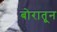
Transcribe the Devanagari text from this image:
बोरातून